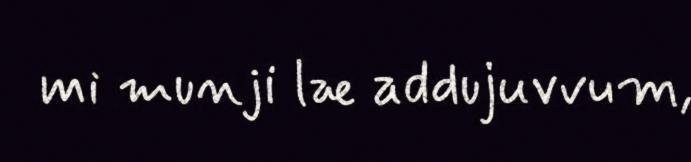
mi munji læ addujuvvum,